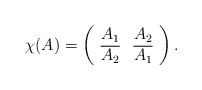
\begin{align*}\chi(A)=\left(\begin{array}{cc} A_1&A_2 \\ \overline{A_2}&\overline{A_1} \\ \end{array}\right).\end{align*}